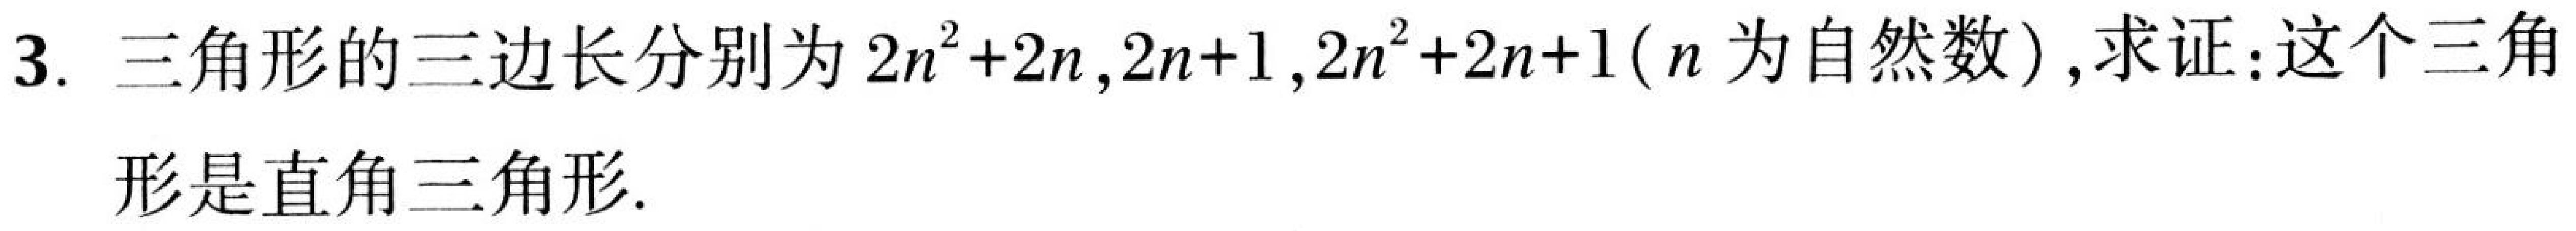
3. 三角形的三边长分别为 \(2n^{2}+2n\)，\(2n + 1\)，\(2n^{2}+2n + 1\)（\(n\) 为自然数），求证：这个三角
形是直角三角形.